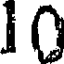
10